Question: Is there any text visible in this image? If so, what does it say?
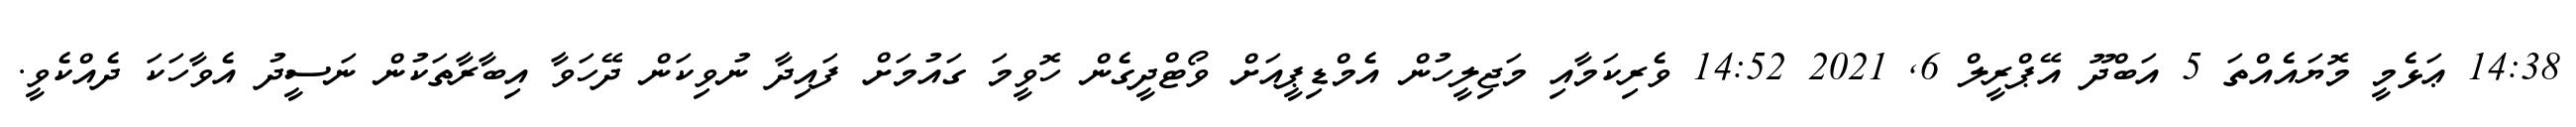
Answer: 14:38 ޢަޅެމީ މޮޔައެއްތަ 5 އަބްދޫ އޭޕްރީލް 6, 2021 14:52 ވެރިކަމާއި މަޖިލީހުން އެމްޑިޕީއަށް ވޯޓްދީގެން ހޮވީމަ ގައުމަށް ފައިދާ ނުވިކަން ދޭހަވާ އިބާރާތަކުން ނަސީދު އެވާހަކަ ދެއްކެވީ.